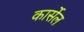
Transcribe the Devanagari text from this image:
कार्सेल